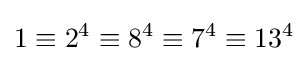
1\equiv 2^{4}\equiv 8^{4}\equiv 7^{4}\equiv 13^{4}